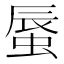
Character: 蜃